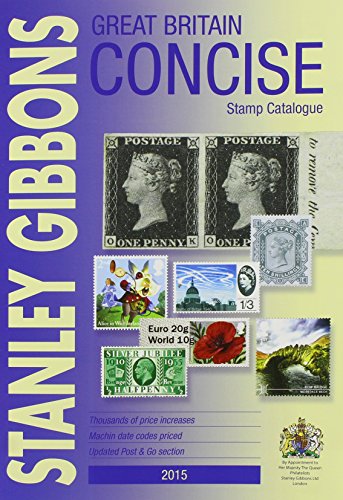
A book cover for Great Britain Concise Stamp Catalogue 2015 (Great Britain Catalogue); Stanley Gibbons; Crafts, Hobbies & Home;